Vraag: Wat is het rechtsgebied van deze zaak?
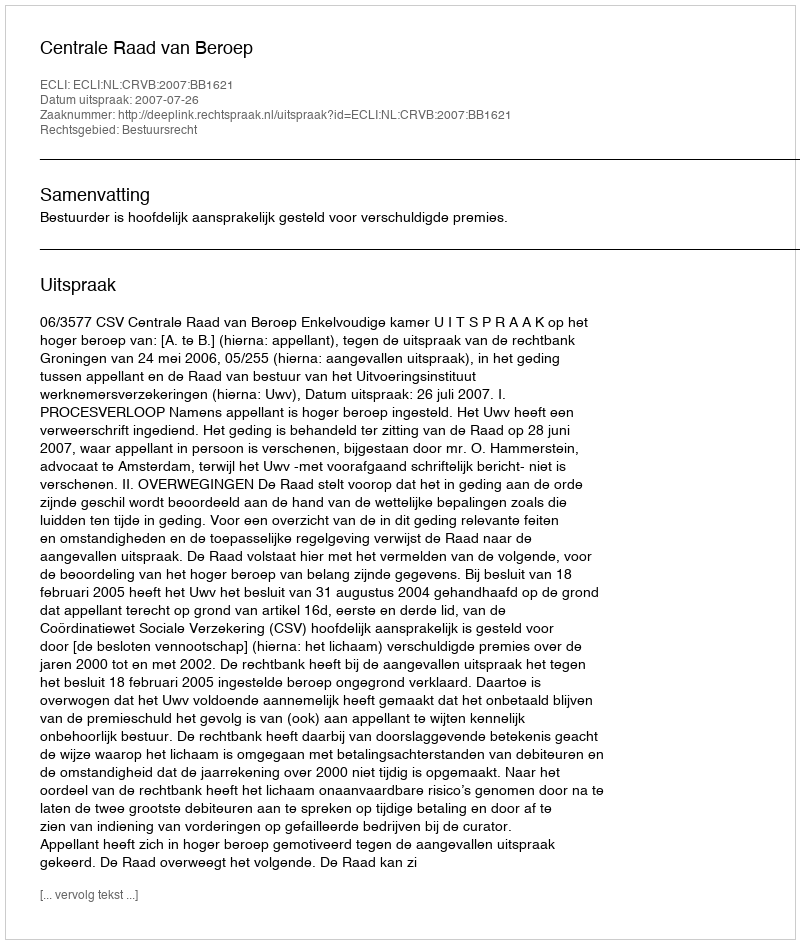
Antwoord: Bestuursrecht